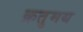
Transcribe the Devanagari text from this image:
क्रतुमय